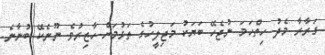
ގަރާރާ މެދު ހިތްހަމަ ނުޖެހޭ ބަޔަކު މަޖިލީހުގެ ތަޅުމަށް ހާޒިރުވެ ނޫނެކޭ ބުނާނެ.